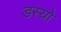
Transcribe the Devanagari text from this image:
डस्यो